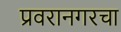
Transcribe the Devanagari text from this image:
प्रवरानगरचा